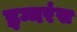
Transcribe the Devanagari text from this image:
इग्नरंस